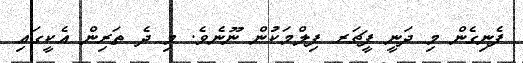
ފެނިގެން މި ދަނީ ފީޗަރ ފިލްމަކުން ނޫނެވެ. މި ދެ ތަރިން އެކީގައި